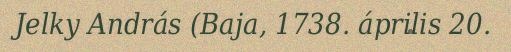
Jelky András (Baja, 1738. április 20.